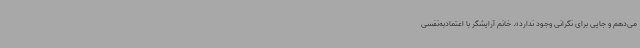
می‌دهم و جایی برای نگرانی وجود ندارد». خانم آرایشگر با اعتمادبه‌نفسی